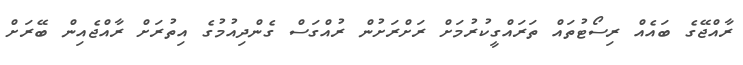
ރާއްޖޭގެ ބައެއް ރިސޯޓުތައް ތަރައްގީކުރުމަށް ރަށްރަށުން ރުއްގަސް ގެންދިއުމުގެ އިތުރަށް ރާއްޖެއިން ބޭރަށް